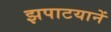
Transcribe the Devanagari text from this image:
झपाटयानें